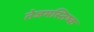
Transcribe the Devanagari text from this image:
तेजमस्तिष्क